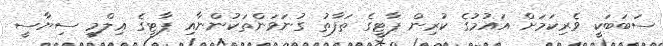
ސަބަބަކީ ވެރިކަމަށް އައުމުގެ ކުރިން ޕާޓީގެ ތަފާތު ގުނަވަންތަކުންނާއި ޕާޓީގެ ޢިލްމީ ސިޔާސީ